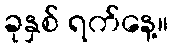
ခုနှစ် ရက်နေ့။